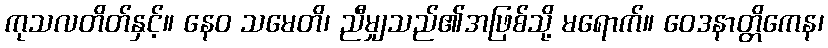
ကုသလတိတ်နှင့်။ နေဝ သမေတိ၊ ညီမျှသည်၏အဖြစ်သို့ မရောက်။ ဝေဒနာတ္တိကေန၊